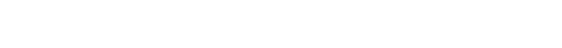
မေခရိုစီးပွားရေးတည်ငြိမ်လာတဲ့အခါ ငွေကြေးဖောင်းပွမှုရော